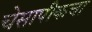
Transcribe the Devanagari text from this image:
चेसापीकचा